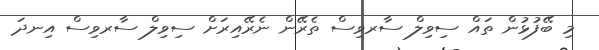
މި ބޭފުޅުން ތައް ސިވިލް ސާރވިސް ތެރޭން ނެރޭއިރަށް ސިވިލް ސާރވިސް އިނދަ